Annual administration report of the Civil Veterinary Department of India - 1894-1895
Year: 1894
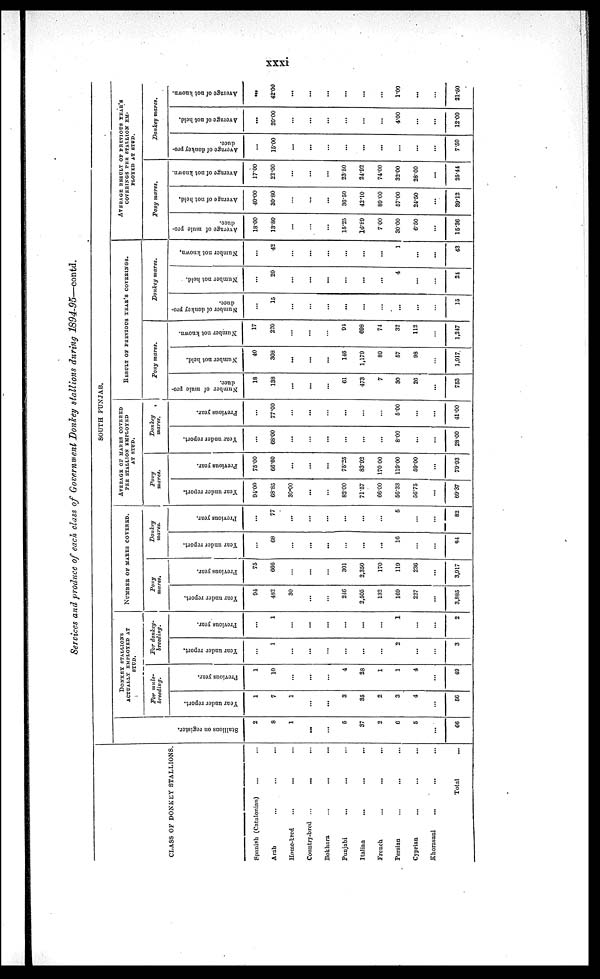
xxxi
Services and produce of each class of Government Donkey stallions during 1894-95—contd.
CLASS OF DONKEY STALLIONS.
Spanish
(Catalonian)
... …
Arab
…
…
...
Home-bred
...
... …
Country-bred
…
...
...
Bokhara
...
...
...
Punjabi
...
... …
Italian
...
...
...
French
...
...
...
Persian
…
...
...
Cyprian
...
...
...
Khorasani
...
...
...
Total
...
SOUTH PUNJAB.
St al l
i
ons on register.
2
8
1
…
...
5
37
2
6
5
...
66
DONKEY STALLIONS
ACTUALLY EMPLOYED AT
STUD.
For mule¬
breeding.
Year under report.
1
7
1
…
...
3
35
2
3
4
...
56
Pr evi ous year.
1
10
...
...
…
4
28
1
1
4
...
49
For donkey¬
breeding.
Year under report.
…
1
...
...
…
...
...
…
2
…
…
3
Pr evi ous year.
...
1
…
...
…
…
...
...
1
…
...
2
NUMBER OF MARES COVERED.
Pony
mares.
Year under report.
94
482
30
...
…
246
2,505
132
169
227
...
3,885
Pr evi ous year.
75
666
…
…
…
301
2,350
170
119
236
...
3,917
Donkey
mares.
Year under report.
…
68
…
...
...
…
...
...
16
…
…
84
Pr evi ous year.
...
77
...
...
...
...
...
...
5
...
...
82
AVERAGE OF MARES COVERED
PER STALLION EMPLOYED
AT STUD.
Pony
mares.
Year under report.
94.00
68.85
30.00
...
…
82.00
71.57
66.00
56.33
56.75
...
69.37
Pr evi ous year.
75.00
66.60
...
...
…
75.25
83.92
170.00
119.00
59.00
...
79.93
Donkey
mares.
Year under report.
...
68.00
...
…
...
...
...
...
8.00
...
...
28.00
Pr evi ous year.
…
77.00
…
...
…
...
…
…
5.00
…
...
41.00
RESULT
OF
PREVIOUS
YEAR'S
COVERINGS.
Pony mares.
Number of mule pro¬
duce.
18
138
...
...
…
61
473
7
30
26
...
753
Number not hel d.
40
308
...
...
...
146
1,179
89
57
98
…
1.917
Nu mb e r not known.
17
220
...
…
…
94
698
74
32
112
…
1,247
Donkey
mares.
Number of donkey pro
duce.
…
15
…
…
…
...
...
…
...
...
…
15
Number not hel d.
...
20
…
...
...
...
...
...
4
…
…
24
Nu mb e r not known.
…
42
…
...
…
...
...
...
1
…
...
43
AVERAGE RESULT OF PREVIOUS YEAR'S
COVERINGS PER STALLION EM-
PLOYED AT STUD.
Pony mares.
Aver age of mu l e pro-
duce.
18.00
13.80
...
…
…
15.25
16.89
7.00
30.00
6.50
…
15.36
Aver age of not hel d.
40.00
30.80
…
…
…
36.50
42.10
89.00
57.00
24.50
...
39.12
Aver age of not known
17.00
22.00
…
...
…
23.50
24.92
74.00
32.00
28.00
...
25.44
Donkey mares.
Ave r
a ge of donkey pro-
duce.
...
15.00
…
...
…
…
...
...
...
…
...
7.50
Aver age of not hol d.
...
20.00
…
…
...
…
…
...
4.00
…
...
12.00
Aver age of not known.
…
42.00
...
...
…
...
...
...
1.00
...
…
21.50